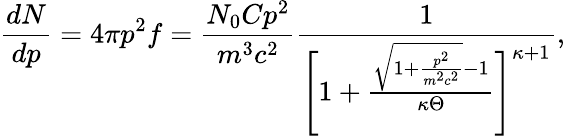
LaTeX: \frac{dN}{dp}=4\pi p^{2}f=\frac{N_{0}Cp^{2}}{m^{3}c^{2}}\frac{1}{\Bigg[1+\frac{\sqrt{1+\frac{p^{2}}{m^{2}c^{2}}}-1}{\kappa\Theta}\Bigg]^{\kappa+1}},